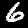
Digit: 6